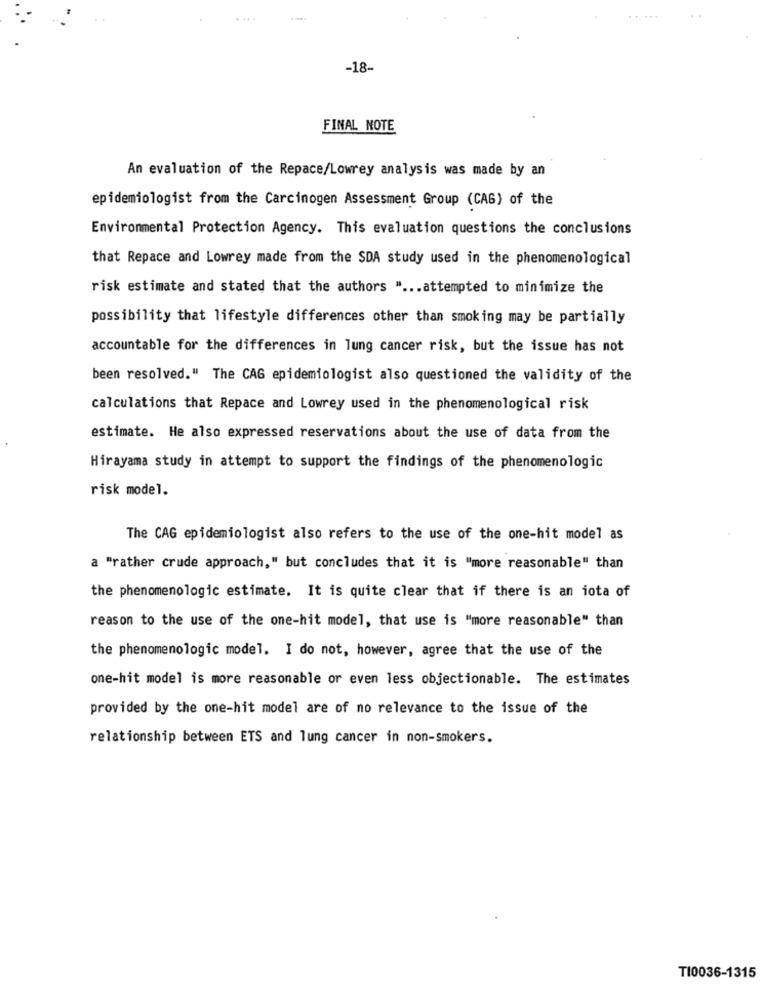
-18-
FINAL NOTE
An evaluation of the Repace/Lowrey analysis was made by an
epidemiologist from the Carcinogen Assessment Group (CAG) of the
Environmental Protection Agency. This evaluation questions the conclusions
that Repace and Lowrey made from the SDA study used in the phenomenological
risk estimate and stated that the authors " ... attempted to minimize the
possibility that lifestyle differences other than smoking may be partially
accountable for the differences in lung cancer risk, but the issue has not
been resolved." The CAG epidemiologist also questioned the validity of the
calculations that Repace and Lowrey used in the phenomenological risk
estimate. He also expressed reservations about the use of data from the
Hirayama study in attempt to support the findings of the phenomenologic
risk model.
The CAG epidemiologist also refers to the use of the one-hit model as
a "rather crude approach," but concludes that it is "more reasonable" than
the phenomenologic estimate. It is quite clear that if there is an iota of
reason to the use of the one-hit model, that use is "more reasonable" than
the phenomenologic model. I do not, however, agree that the use of the
one-hit model is more reasonable or even less objectionable. The estimates
provided by the one-hit model are of no relevance to the issue of the
relationship between ETS and lung cancer in non-smokers.
TI0036-1315